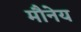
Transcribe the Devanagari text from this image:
मौनेय